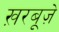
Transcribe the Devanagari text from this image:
ख़रबूज़े